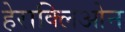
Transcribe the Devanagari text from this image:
हेराक्लिओन